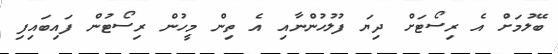
ބޭލުމަށް އެ ރިސޯޓަށް ދިޔަ ފުލުހުންނާއި އެ ތިން މީހުން ރިސޯޓުން ފައިބައިފި